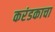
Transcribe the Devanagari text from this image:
करंडकाचा